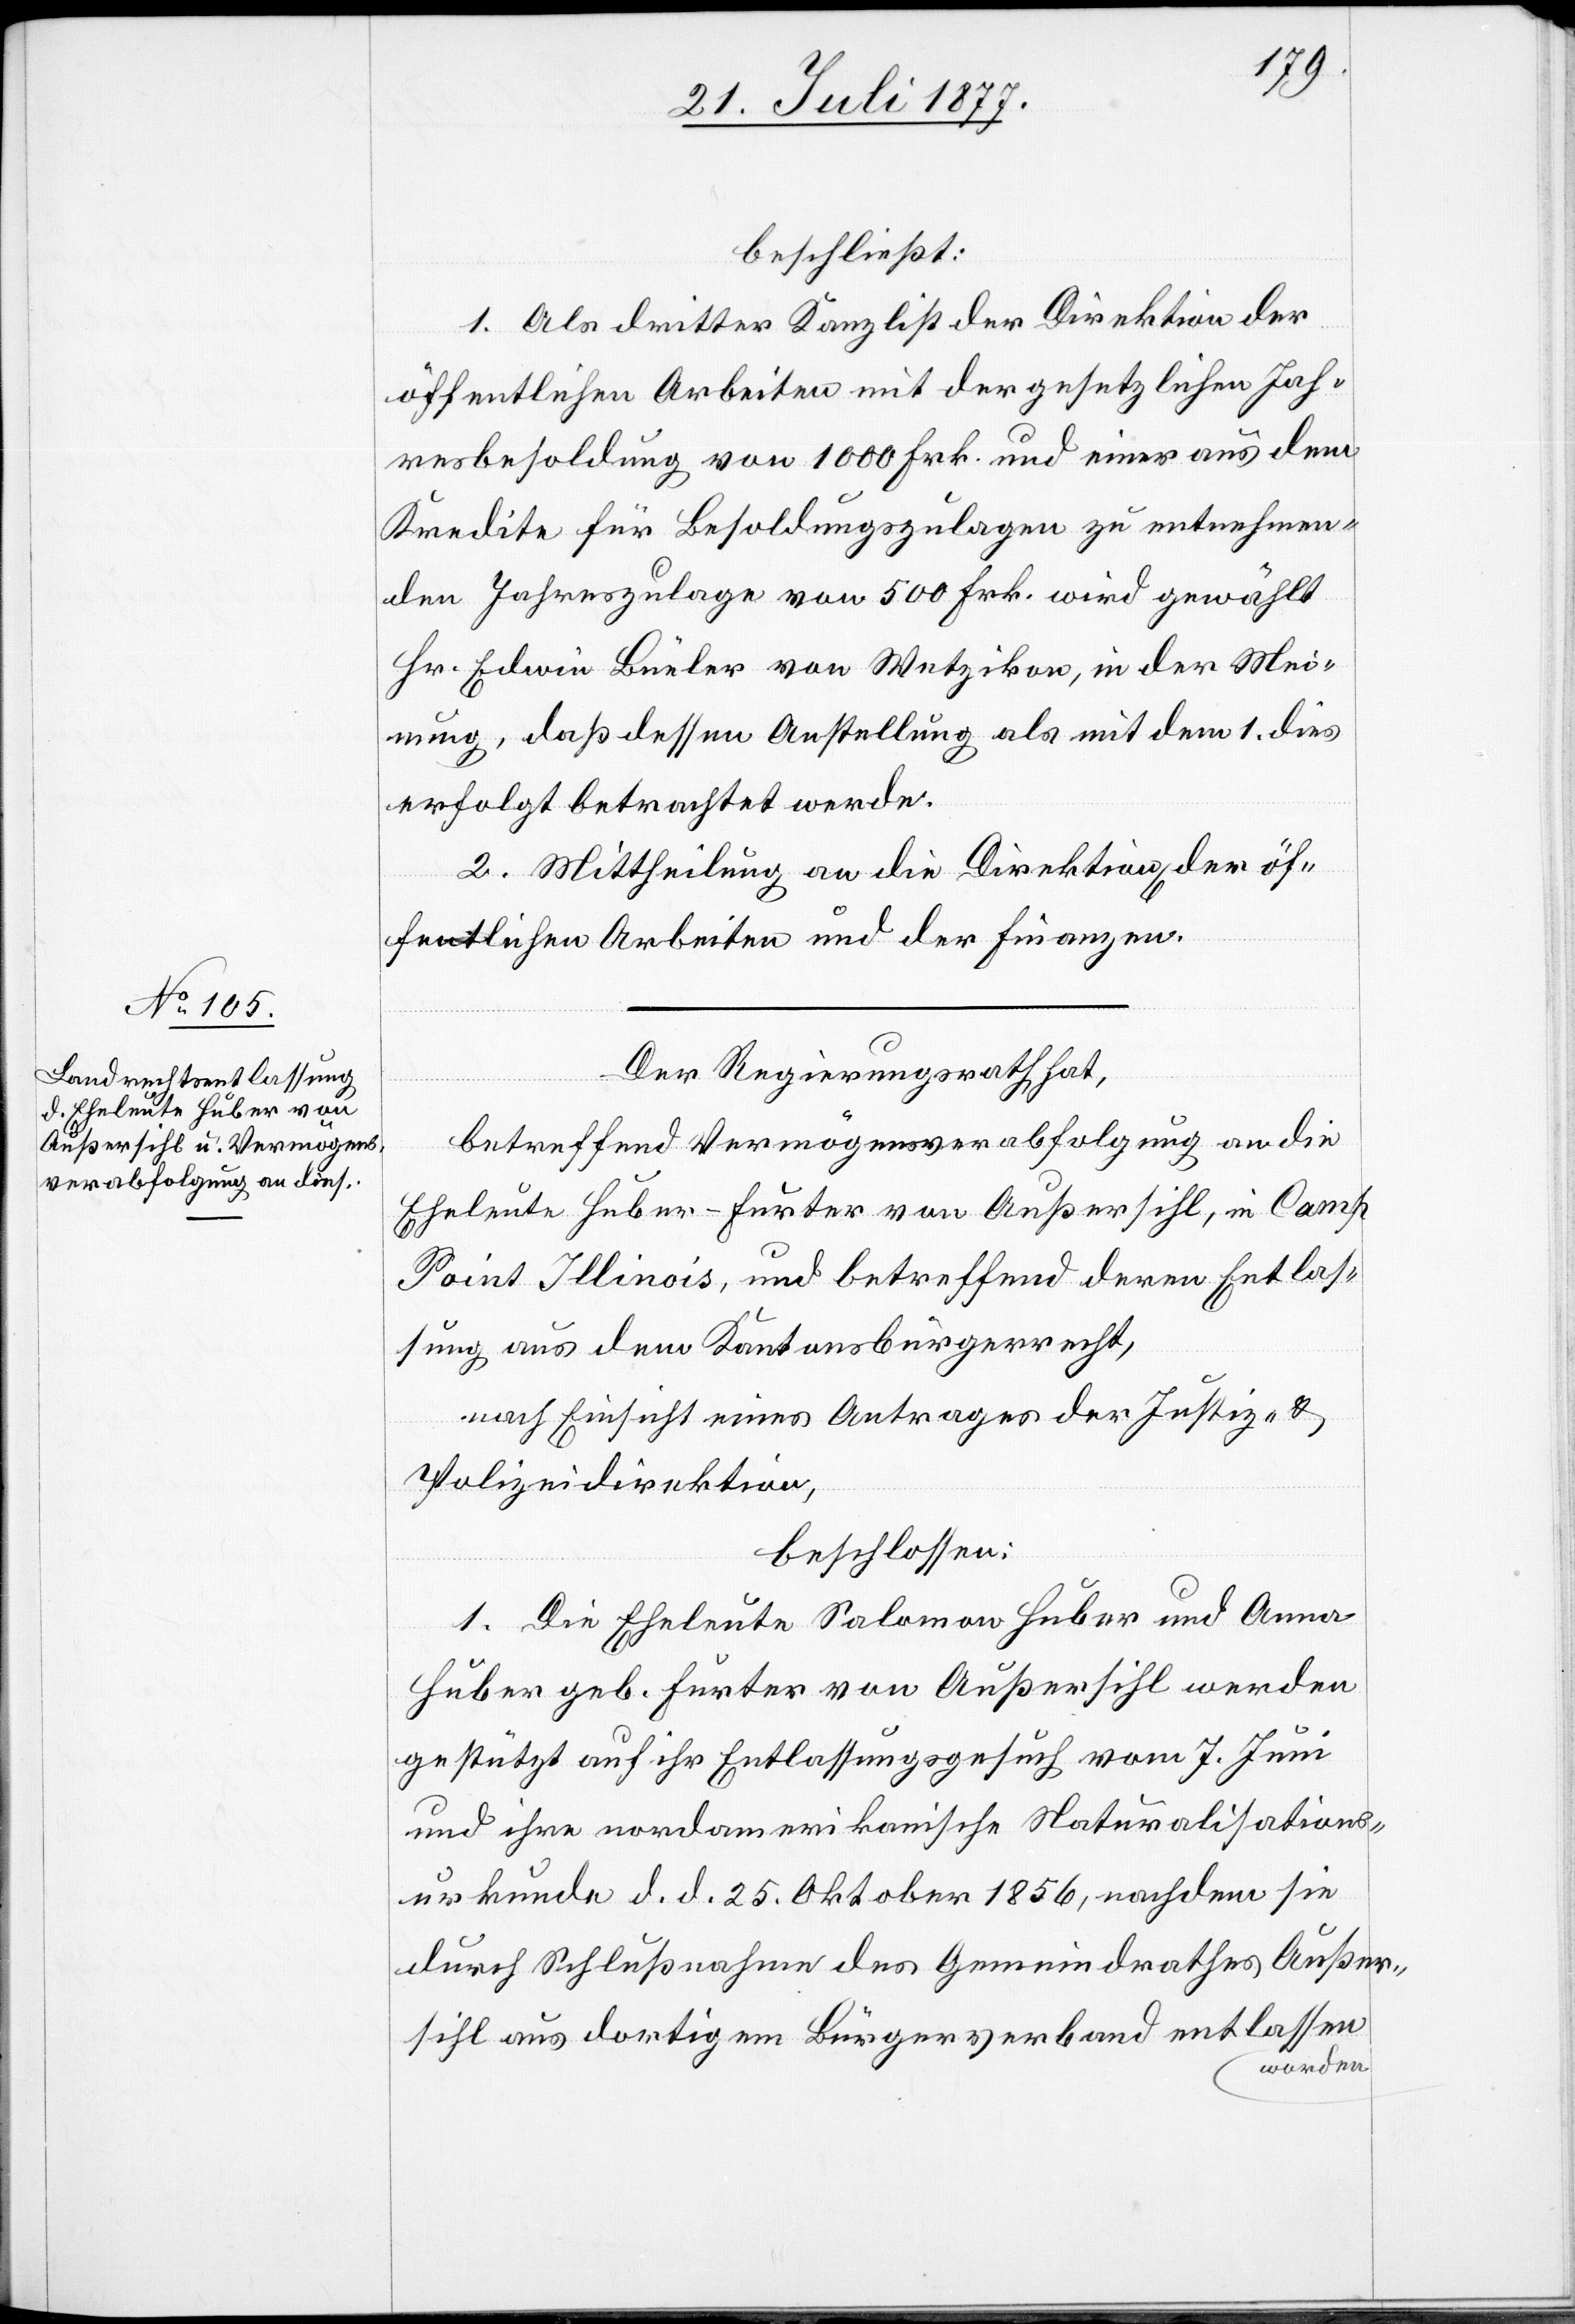
beschließt:
1. Als dritter Kanzlist der Direktion der
öffentlichen Arbeiten mit der gesetzlichen Jah¬
resbesoldung von 1000 Frk. und einer aus dem
Kredite für Besoldungszulagen zu entnehmen¬
den Jahreszulage von 500 Frk. wird gewählt
Hr. Edwin Büeler von Wetzikon, in der Mei¬
nung, daß dessen Anstellung als mit dem 1. dies
erfolgt betrachtet werde.
2. Mittheilung an die Direktion[en] der öf¬
fentlichen Arbeiten und der Finanzen.
Der Regierungsrath hat,
betreffend Vermögensverabfolgung an die
Eheleute Huber-Furter von Außersihl, in Camp
Point Illinois, und betreffend deren Entlas¬
sung aus dem Kantonsbürgerrecht,
nach Einsicht eines Antrages der Justiz- &
Polizeidirektion,
beschlossen:
1. Die Eheleute Salomon Huber und Anna
Huber geb. Furter von Außersihl werden
gestützt auf ihr Entlassungsgesuch vom 7. Juni
und ihre nordamerikanische Naturalisations¬
urkunde d. d. 25. Oktober 1856, nachdem sie
durch Schlußnahme des Gemeindrathes Außer¬
sihl aus dortigem Bürgerverband entlassen
worden